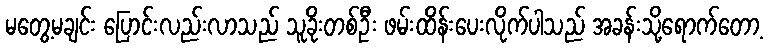
မတွေ့မချင်း ပြောင်းလည်းလာသည် သူခိုးတစ်ဦး ဖမ်းထိန်းပေးလိုက်ပါသည် အခန်းသို့ရောက်တော့